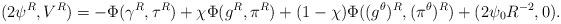
LaTeX: \begin{align*}(2\psi^R, V^R) &=- \Phi (\gamma^R, \tau^R) + \chi \Phi(g^R, \pi^R) + (1-\chi) \Phi((g^\theta)^R, (\pi^\theta)^R) + (2\psi_0 R^{-2}, 0 ).\end{align*}